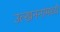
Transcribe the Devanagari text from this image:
उत्खननांमध्ये